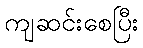
ကျဆင်းစေပြီး